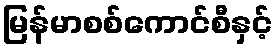
မြန်မာစစ်ကောင်စီနှင့်